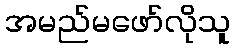
အမည်မဖော်လိုသူ